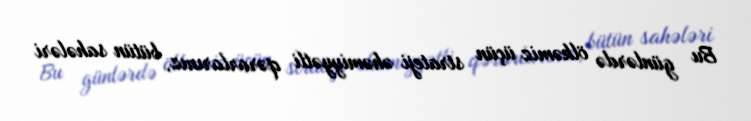
Bu günlərdə ölkəmiz üçün strateji əhəmiyyətli qərarlarınız, bütün sahələri